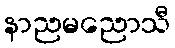
နာညမညောသီ